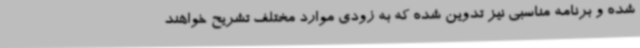
شده و برنامه‌ مناسبی نیز تدوین شده که به زودی موارد مختلف تشریح خواهند